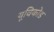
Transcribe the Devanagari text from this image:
यूविकोड